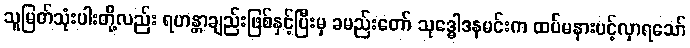
သူမြတ်သုံးပါးတို့လည်း ရဟန္တာချည်းဖြစ်နှင့်ပြီးမှ ခမည်းတော် သုဒ္ဓေါဒနမင်းက ထပ်မနားပင့်လှာရသော်